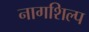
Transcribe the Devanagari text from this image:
नागशिल्प